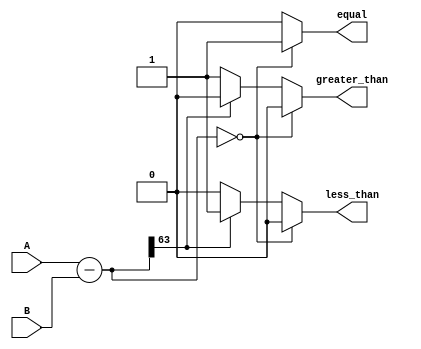
module comparator_64bit (
    input [63:0] A, // 64-bit input A
    input [63:0] B, // 64-bit input B
    output reg equal, // output indicating if A is equal to B
    output reg less_than, // output indicating if A is less than B
    output reg greater_than // output indicating if A is greater than B
);

reg [63:0] result; // result of individual bit comparisons

always @* begin
    result = A - B;

    if (result == 64'b0) begin
        equal = 1;
        less_than = 0;
        greater_than = 0;
    end else if (result[63] == 1) begin
        equal = 0;
        less_than = 1;
        greater_than = 0;
    end else begin
        equal = 0;
        less_than = 0;
        greater_than = 1;
    end
end

endmodule